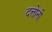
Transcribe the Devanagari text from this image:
दत्तोनी